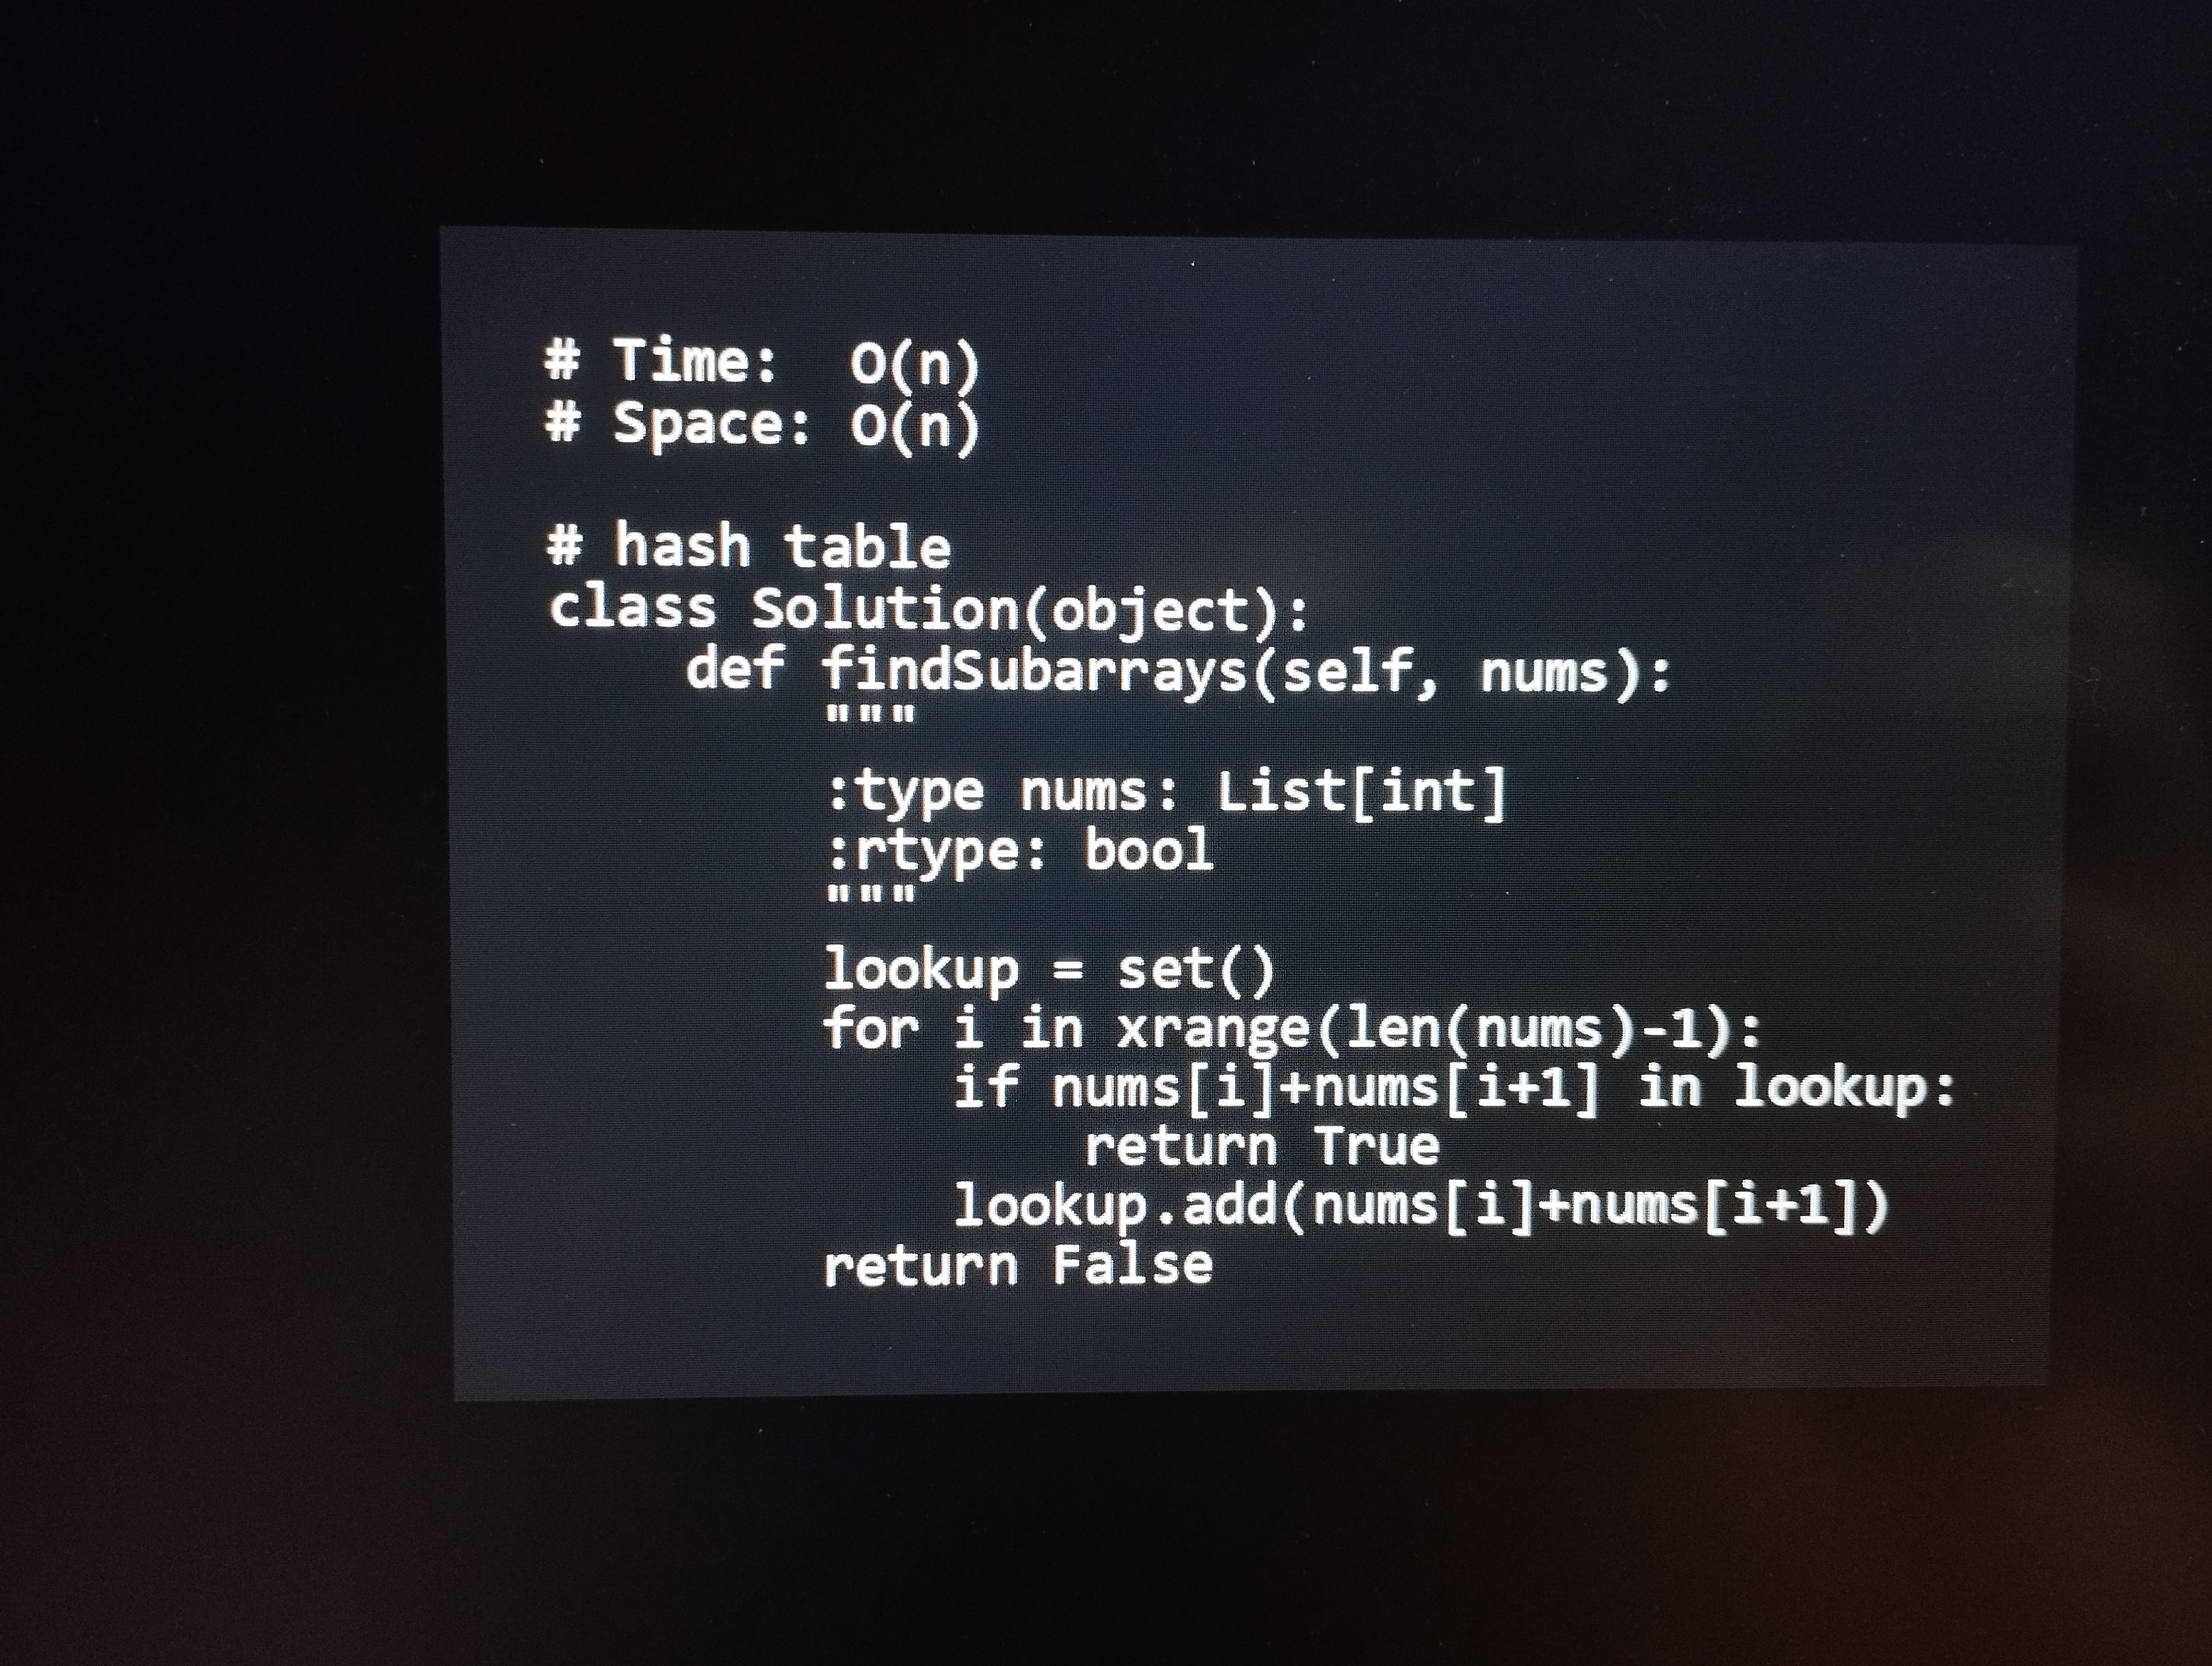
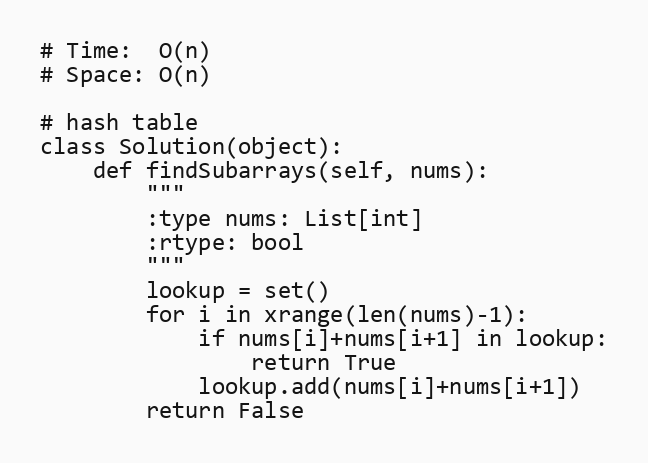
# Time:  O(n)
# Space: O(n)

# hash table
class Solution(object):
    def findSubarrays(self, nums):
        """
        :type nums: List[int]
        :rtype: bool
        """
        lookup = set()
        for i in xrange(len(nums)-1):
            if nums[i]+nums[i+1] in lookup:
                return True
            lookup.add(nums[i]+nums[i+1])
        return False